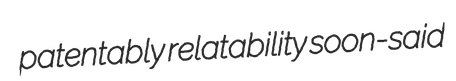
patentably relatability soon-said